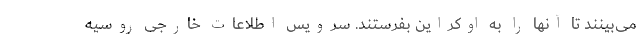
می‌بینند تا آنها را به اوکراین بفرستند. سرویس اطلاعات خارجی روسیه